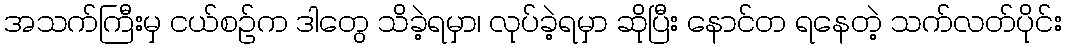
အသက်ကြီးမှ ငယ်စဉ်က ဒါတွေ သိခဲ့ရမှာ၊ လုပ်ခဲ့ရမှာ ဆိုပြီး နောင်တ ရနေတဲ့ သက်လတ်ပိုင်း